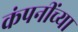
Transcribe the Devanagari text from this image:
कंपनींच्या